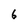
Character: 6